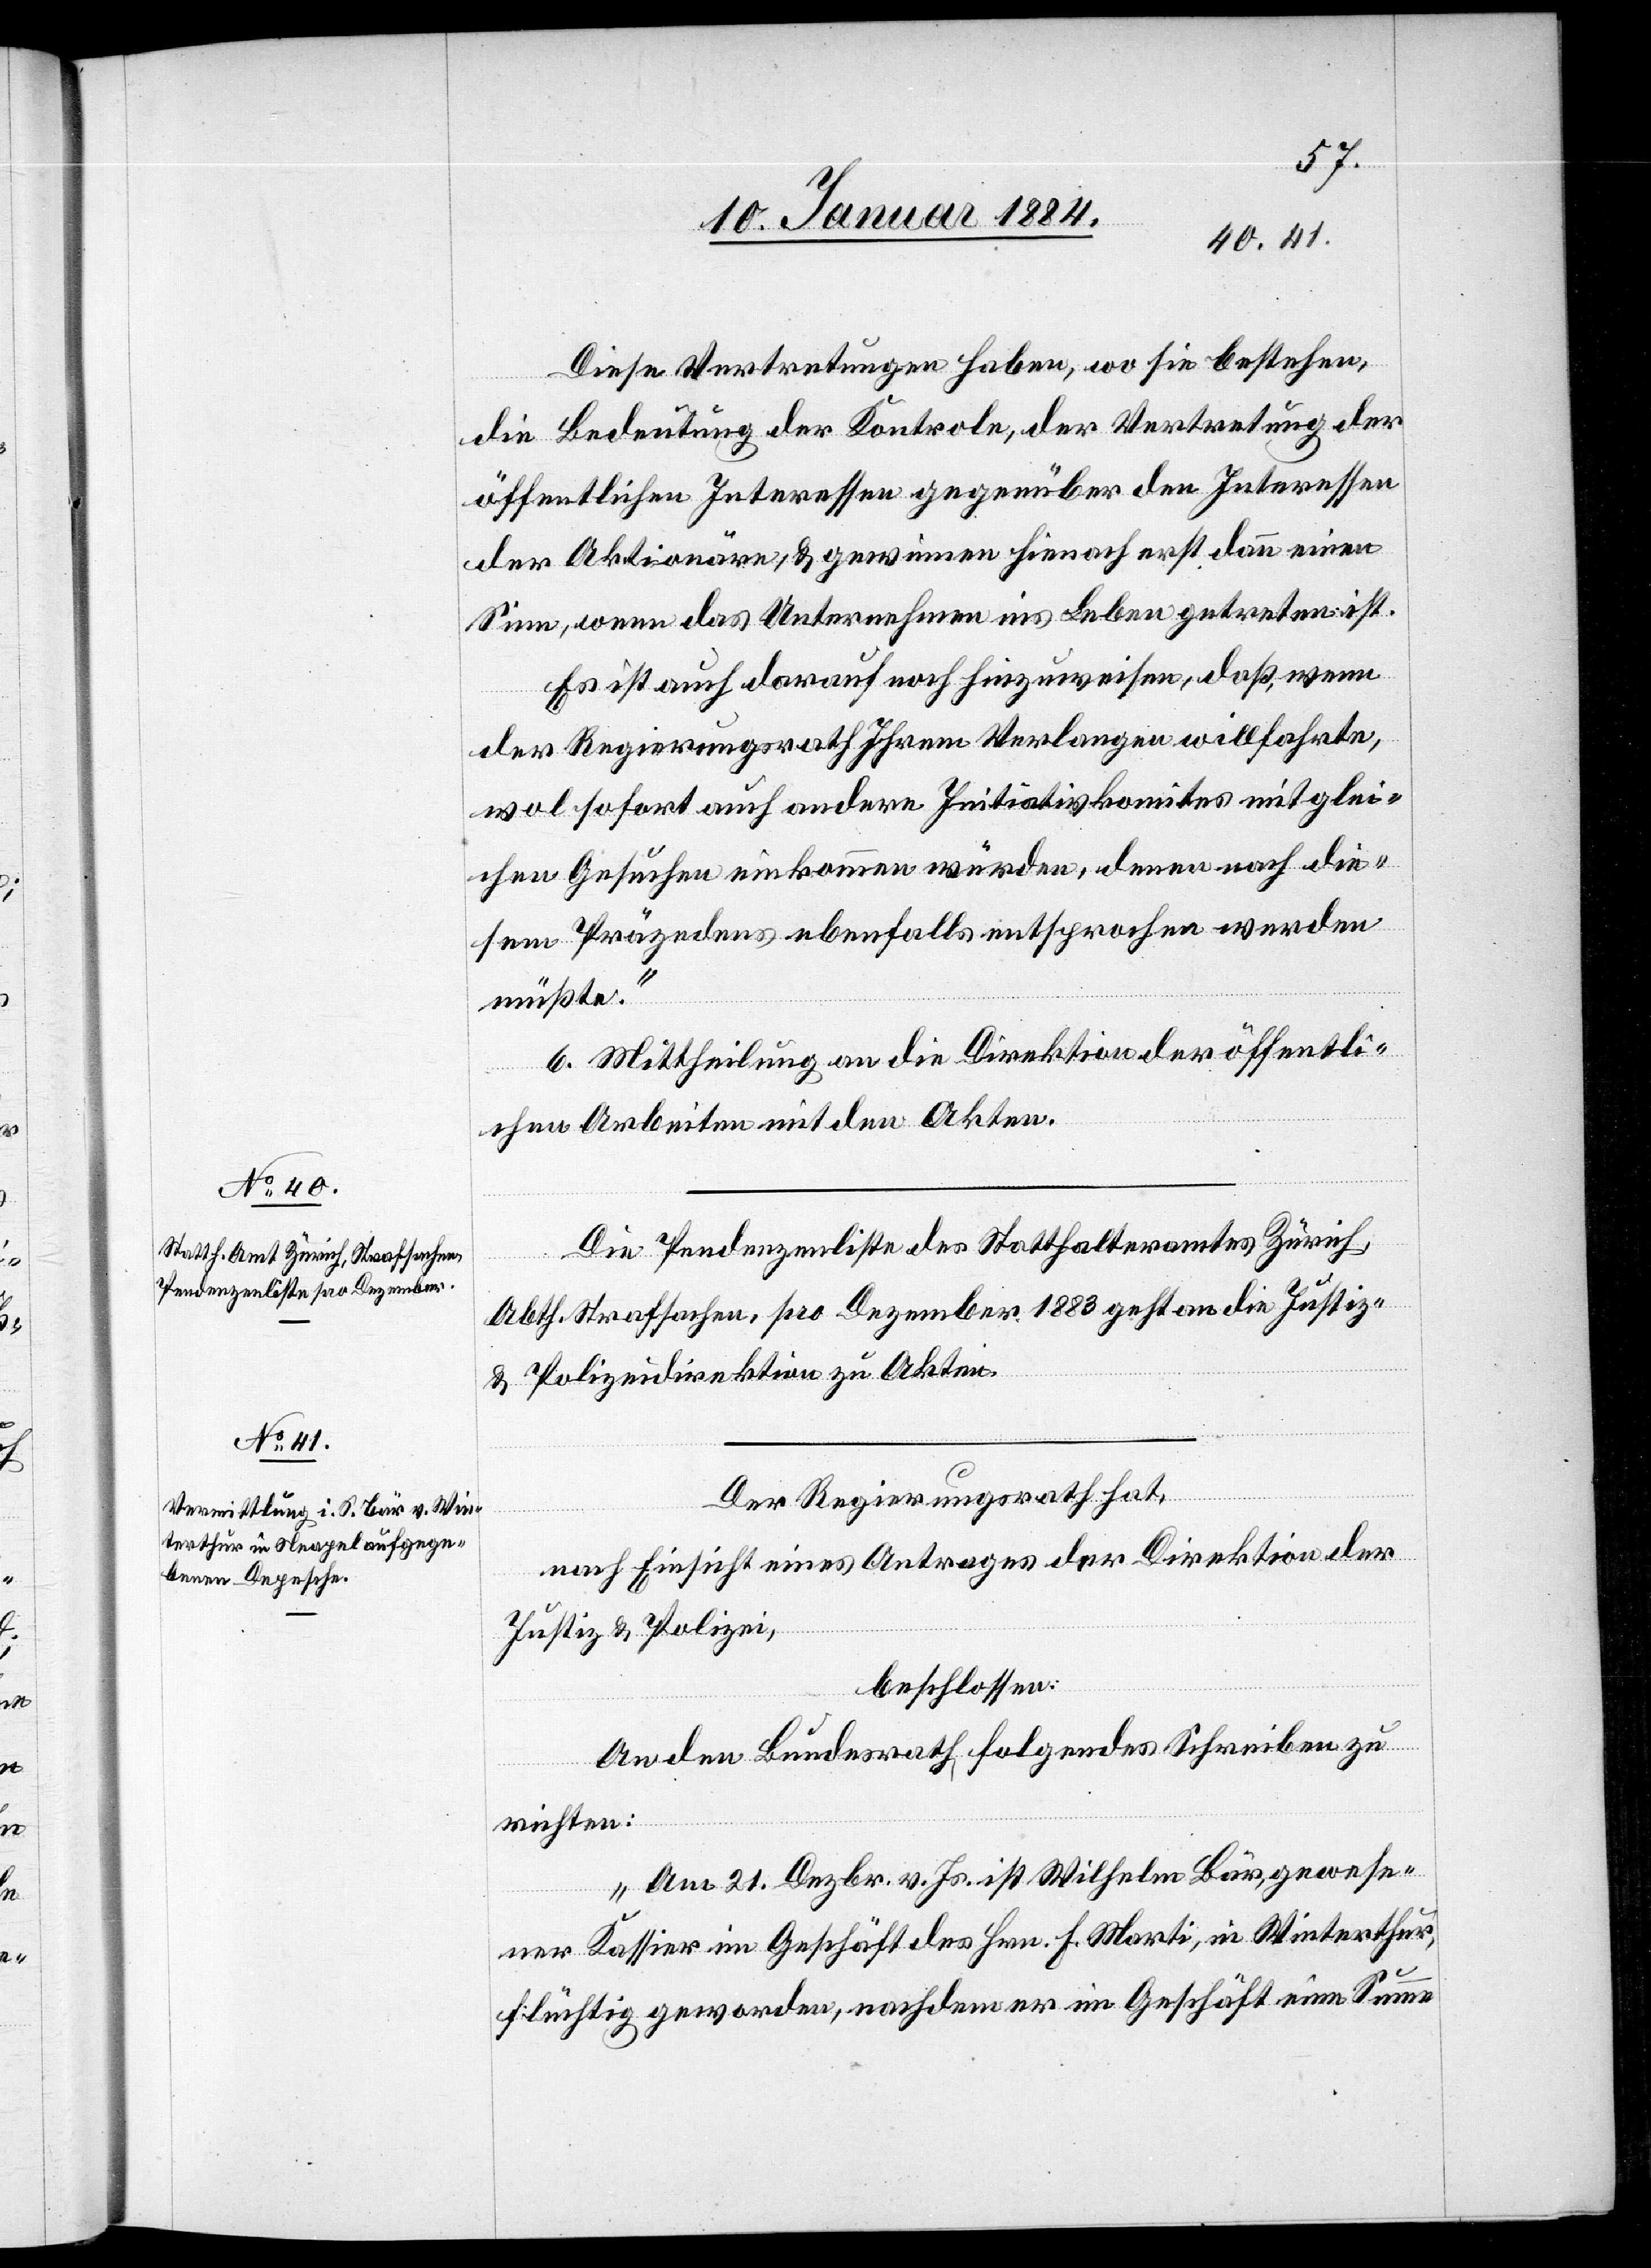
Diese Vertretungen haben, wo sie bestehen,
die Bedeutung der Kontrole, der Vertretung der
öffentlichen Interessen gegenüber den Interessen
der Aktionäre, & gewinnen hienach erst dann einen
Sinn, wenn das Unternehmen ins Leben getreten ist.
Es ist auch darauf noch hinzuweisen, daß, wenn
der Regierungsrath Ihren Verlangen willfahrte,
wol sofort auch andern Initiativkomites mit glei¬
chen Gesuchen einkommen würden, denen noch die¬
sem Präzendens ebenfalls entsprochen werden
müßte.“
6. Mittheilung an die Direktion der öffentli¬
chen Arbeiten mit den Akten.
Die Pendenzenliste des Statthalteramtes Zürich,
Abth. Strafsachen, pro Dezember 1883 geht an die Justiz-
Der Regierungsrath hat,
nach Einsicht eines Antrages der Direktion der
Justiz & Polizei,
beschlossen:
An den Bundesrath folgendes Schreiben zu
Polizeidirektion.
richten:
„Am 21. Dezbr. v. Js. ist Wilhelm Bär, gewese¬
ner Kassier im Geschäft des Hrn. F. Marti, in Winterthur,
flüchtig geworden, nachdem er im Geschäft eine Summe